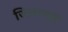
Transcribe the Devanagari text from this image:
जिवाणूस